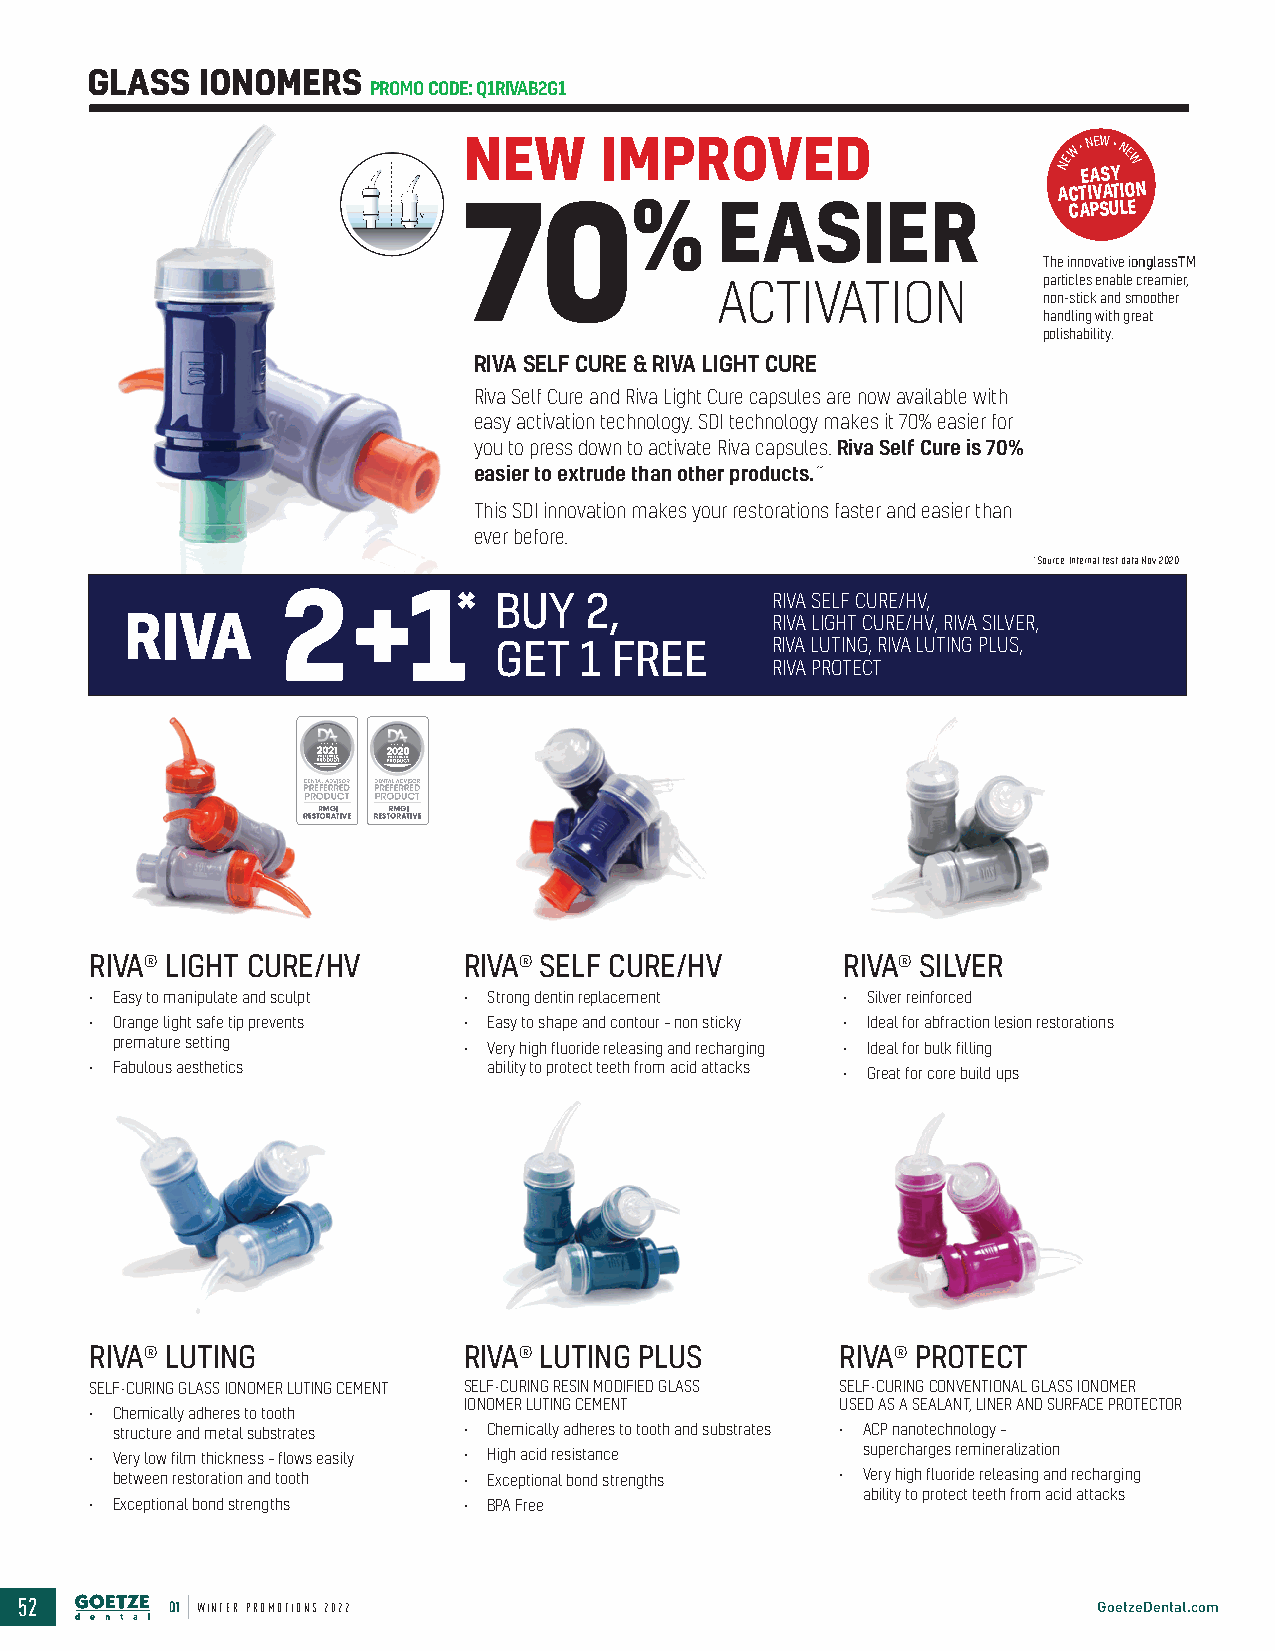
GLASS  IONOMERS
 PROMO CODE: Q1RIVAB2G1
 NEW      IMPROVED                      NEW • EN AEW S• YNE
 W
 ACTIVATION
 70%              EASIER                 CAPSULE
 The innovative ionglassTM
 particles enable creamier,
 ACTIVATION
 non-stick and smoother
 handling with great
 polishability.
 RIVA SELF CURE & RIVA LIGHT CURE
 Riva Self Cure and Riva Light Cure capsules are now available with
 easy activation technology. SDI technology makes it 70% easier for
 you to press down to activate Riva capsules. Riva Self Cure is 70%
 easier to extrude than other products.˜
 This SDI innovation makes your restorations faster and easier than
 ever before.
 ˜Source: Internal test data Nov 2020
 2+1*          BUY   2,          RIVA SELF CURE/HV,
 RIVA                                       RIVA LIGHT CURE/HV, RIVA SILVER,
 GET   1 FREE      RIVA LUTING, RIVA LUTING PLUS,
 RIVA PROTECT
 RIVA® LIGHT CURE/HV      RIVA® SELF CURE/HV       RIVA® SILVER
 • Easy to manipulate and sculpt • Strong dentin replacement • Silver reinforced
 • Orange light safe tip prevents • Easy to shape and contour – non sticky • Ideal for abfraction lesion restorations
 premature setting      • Very high fluoride releasing and recharging • Ideal for bulk filling
 • Fabulous aesthetics      ability to protect teeth from acid attacks • Great for core build ups
 RIVA® LUTING             RIVA® LUTING PLUS        RIVA® PROTECT
 SELF-CURING GLASS IONOMER LUTING CEMENT SELF-CURING RESIN MODIFIED GLASS SELF-CURING CONVENTIONAL GLASS IONOMER
 IONOMER LUTING CEMENT    USED AS A SEALANT, LINER AND SURFACE PROTECTOR
 • Chemically adheres to tooth
 structure and metal substrates • Chemically adheres to tooth and substrates • ACP nanotechnology –
 • Very low film thickness – flows easily • High acid resistance supercharges remineralization
 between restoration and tooth • Exceptional bond strengths • Very high fluoride releasing and recharging
 ability to protect teeth from acid attacks
 • Exceptional bond strengths • BPA Free
 52        Q1 WINTER PROMOTIONS 2022                                     GoetzeDental.com